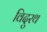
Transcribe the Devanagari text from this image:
विदुरथ